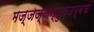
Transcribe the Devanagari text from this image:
मज्जज्जन्तुकदम्बकं